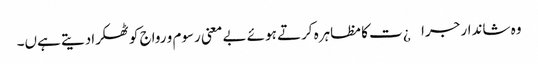
وہ شاندار جرا¿ت کا مظاہرہ کرتے ہوئے بے معنی رسوم و رواج کو ٹھکرادیتے ہےں۔